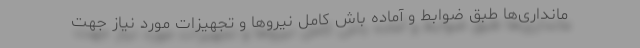
مانداری‌ها طبق ضوابط و آماده باش کامل نیروها و تجهیزات مورد نیاز جهت